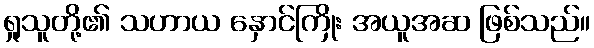
ရှုသူတို့၏ သဟာယ နှောင်ကြိုး အယူအဆ ဖြစ်သည်။